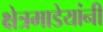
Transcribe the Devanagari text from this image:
क्षेत्रमाडेयांनी